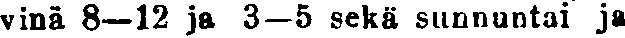
vinä 8—12 ja ja 3—5 sekä sunnuntai ja